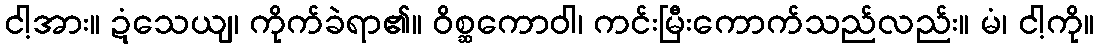
ငါ့အား။ ဍံသေယျ၊ ကိုက်ခဲရာ၏။ ဝိစ္ဆကောဝါ၊ ကင်းမြီးကောက်သည်လည်း။ မံ၊ ငါ့ကို။